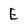
Character: E